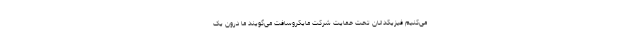
می‌کنیم فیزیکدانان تحت حمایت شرکت مایکروسافت می‌گویند ما درون یک